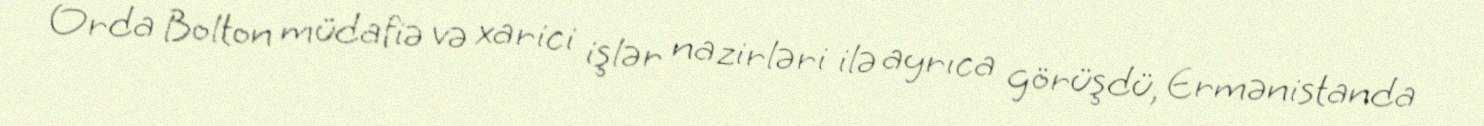
Orda Bolton müdafiə və xarici işlər nazirləri ilə ayrıca görüşdü, Ermənistanda